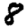
Digit: 8